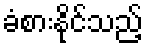
ခံစားနိုင်သည့်